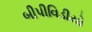
બીપીવિડીયો